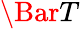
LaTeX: \Bar{T}